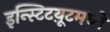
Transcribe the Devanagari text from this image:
इन्स्टिटय़ूटमध्ये